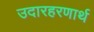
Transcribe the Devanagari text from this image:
उदारहरणार्थ